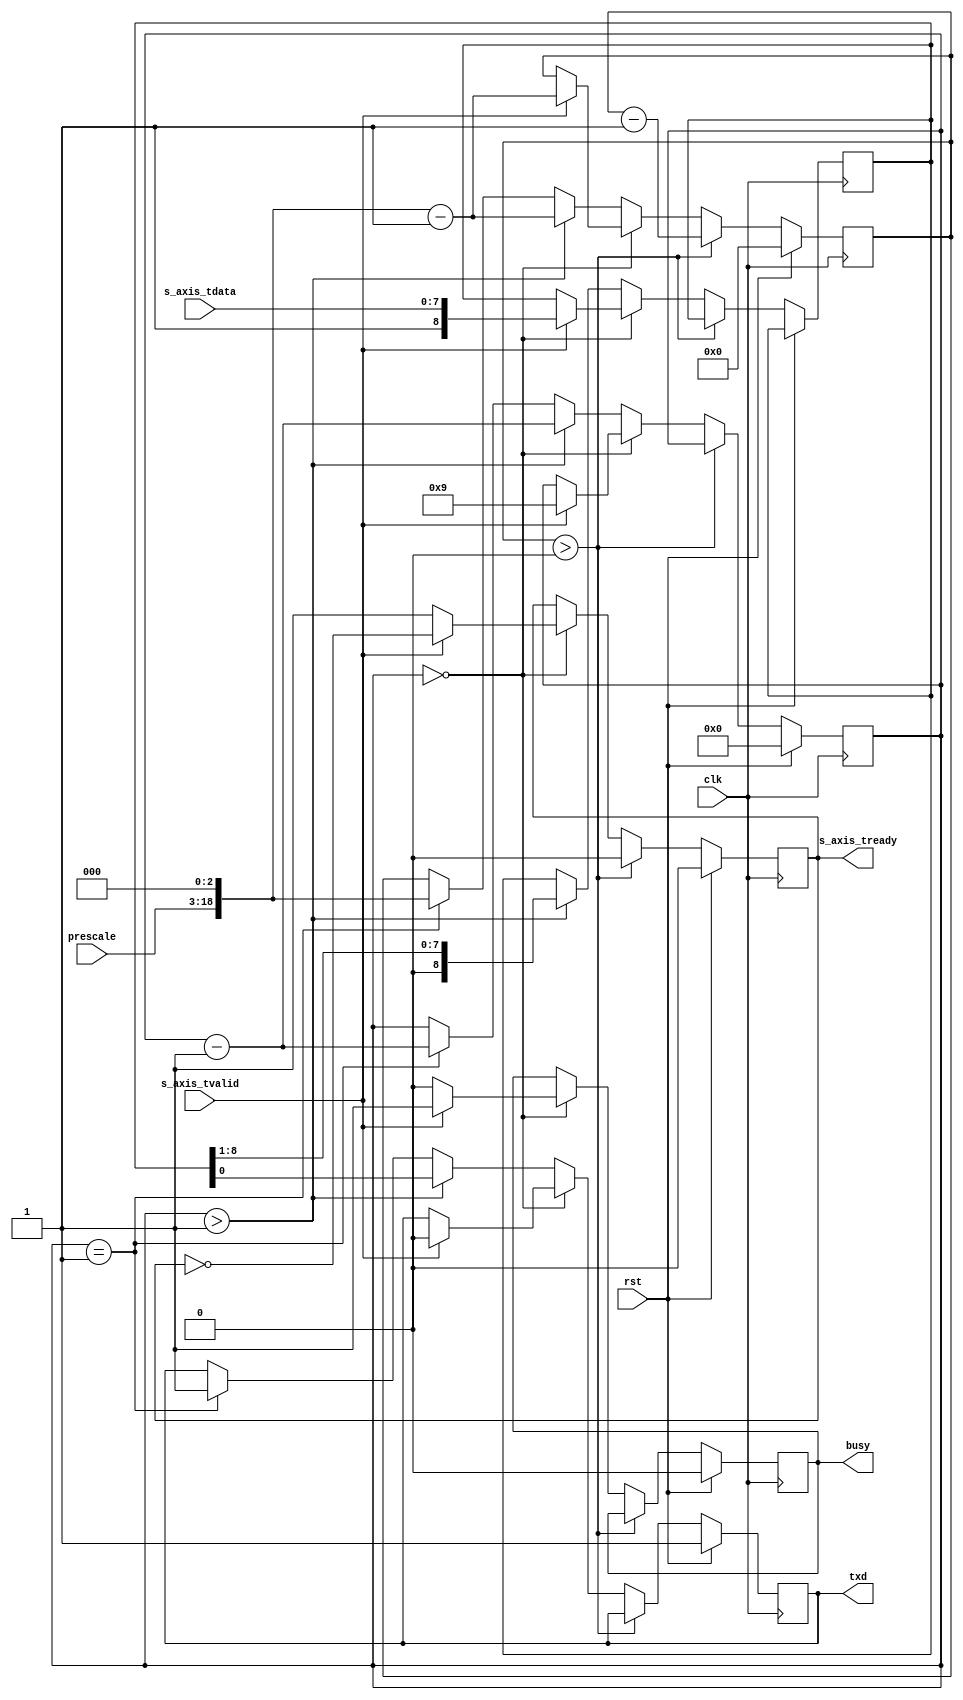
/*

Copyright (c) 2014-2017 Alex Forencich

Permission is hereby granted, free of charge, to any person obtaining a copy
of this software and associated documentation files (the "Software"), to deal
in the Software without restriction, including without limitation the rights
to use, copy, modify, merge, publish, distribute, sublicense, and/or sell
copies of the Software, and to permit persons to whom the Software is
furnished to do so, subject to the following conditions:

The above copyright notice and this permission notice shall be included in
all copies or substantial portions of the Software.

THE SOFTWARE IS PROVIDED "AS IS", WITHOUT WARRANTY OF ANY KIND, EXPRESS OR
IMPLIED, INCLUDING BUT NOT LIMITED TO THE WARRANTIES OF MERCHANTABILITY
FITNESS FOR A PARTICULAR PURPOSE AND NONINFRINGEMENT. IN NO EVENT SHALL THE
AUTHORS OR COPYRIGHT HOLDERS BE LIABLE FOR ANY CLAIM, DAMAGES OR OTHER
LIABILITY, WHETHER IN AN ACTION OF CONTRACT, TORT OR OTHERWISE, ARISING FROM,
OUT OF OR IN CONNECTION WITH THE SOFTWARE OR THE USE OR OTHER DEALINGS IN
THE SOFTWARE.

*/

// Language: Verilog 2001

`timescale 1ns / 1ps

/*
 * AXI4-Stream UART
 */
module uart_tx(
    input  wire                   clk,
    input  wire                   rst,

    /*
     * AXI input
     */
    input  wire [8-1:0]  s_axis_tdata,
    input  wire                   s_axis_tvalid,
    output wire                   s_axis_tready,

    /*
     * UART interface
     */
    output wire                   txd,

    /*
     * Status
     */
    output wire                   busy,

    /*
     * Configuration
     */
    input  wire [15:0]            prescale
);

reg s_axis_tready_reg = 0;

reg txd_reg = 1;

reg busy_reg = 0;

reg [8:0] data_reg = 0;
reg [18:0] prescale_reg = 0;
reg [3:0] bit_cnt = 0;

assign s_axis_tready = s_axis_tready_reg;
assign txd = txd_reg;

assign busy = busy_reg;

always @(posedge clk) begin
    if (rst) begin
        s_axis_tready_reg <= 0;
        txd_reg <= 1;
        prescale_reg <= 0;
        bit_cnt <= 0;
        busy_reg <= 0;
    end else begin
        if (prescale_reg > 0) begin
            s_axis_tready_reg <= 0;
            prescale_reg <= prescale_reg - 1;
        end else if (bit_cnt == 0) begin
            s_axis_tready_reg <= 1;
            busy_reg <= 0;

            if (s_axis_tvalid) begin
                s_axis_tready_reg <= !s_axis_tready_reg;
                prescale_reg <= (prescale << 3)-1;
                bit_cnt <= 8+1;
                data_reg <= {1'b1, s_axis_tdata};
                txd_reg <= 0;
                busy_reg <= 1;
            end
        end else begin
            if (bit_cnt > 1) begin
                bit_cnt <= bit_cnt - 1;
                prescale_reg <= (prescale << 3)-1;
                {data_reg, txd_reg} <= {1'b0, data_reg};
            end else if (bit_cnt == 1) begin
                bit_cnt <= bit_cnt - 1;
                prescale_reg <= (prescale << 3);
                txd_reg <= 1;
            end
        end
    end
end

endmodule